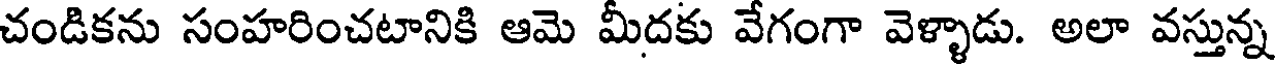
చండికను సంహరించటానికి ఆమె మీదకు వేగంగా వెళ్ళాడు. అలా వస్తున్న